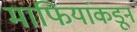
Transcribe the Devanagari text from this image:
माफियांकडून